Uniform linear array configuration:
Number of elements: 4
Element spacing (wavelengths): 1
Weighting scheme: blackman
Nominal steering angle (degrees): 30
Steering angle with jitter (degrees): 30.2
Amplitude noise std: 0.05
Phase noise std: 0.05

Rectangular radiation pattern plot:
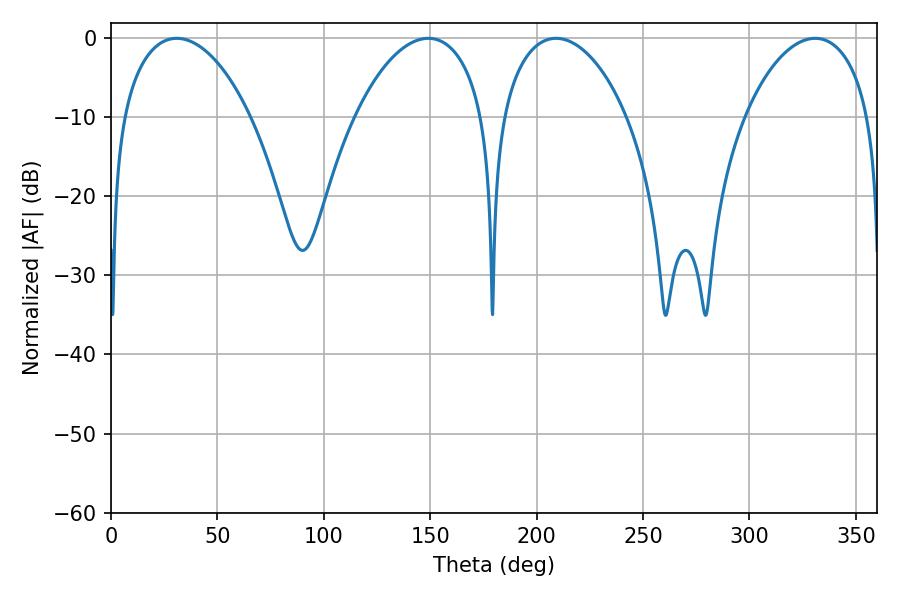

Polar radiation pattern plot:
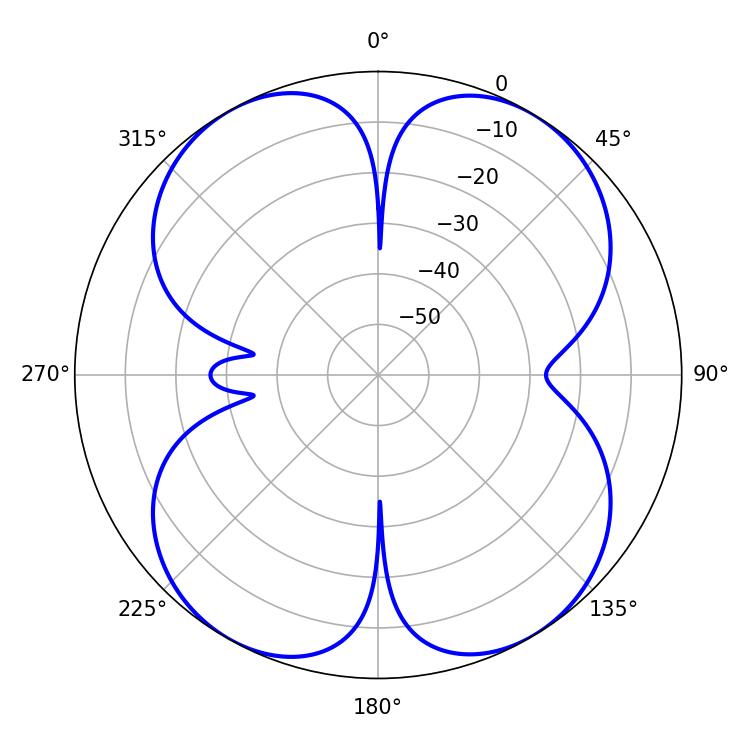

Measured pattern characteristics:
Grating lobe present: TRUE
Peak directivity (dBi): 15.531
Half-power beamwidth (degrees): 33.48
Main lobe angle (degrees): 330.84